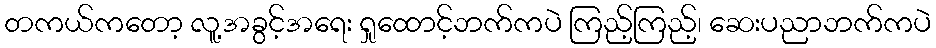
တကယ်ကတော့ လူ့အခွင့်အရေး ရှုထောင့်ဘက်ကပဲ ကြည့်ကြည့်၊ ဆေးပညာဘက်ကပဲ